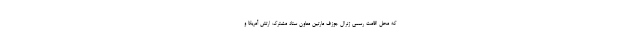
که محل اقامت رسمی ژنرال جوزف مارتین معاون ستاد مشترک ارتش آمریکا و